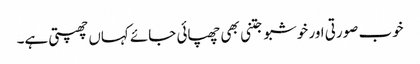
خوب صورتی اور خوشبو جتنی بھی چھپائی جائے کہاں چھپتی ہے۔